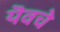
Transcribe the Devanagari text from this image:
यॆवचे